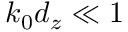
k _ { 0 } d _ { z } \ll 1